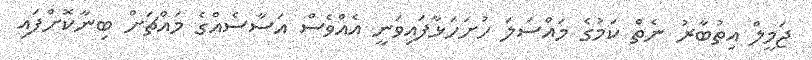
ޖަމީލް އިތުބާރު ނެތް ކަމުގެ މައްސަލަ ހުށަހަޅާފައިވަނީ އެއްވެސް އަސާސެއްގެ މައްޗަށް ބިނާކޮށްފައި